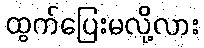
ထွက်ပြေးမလို့လား